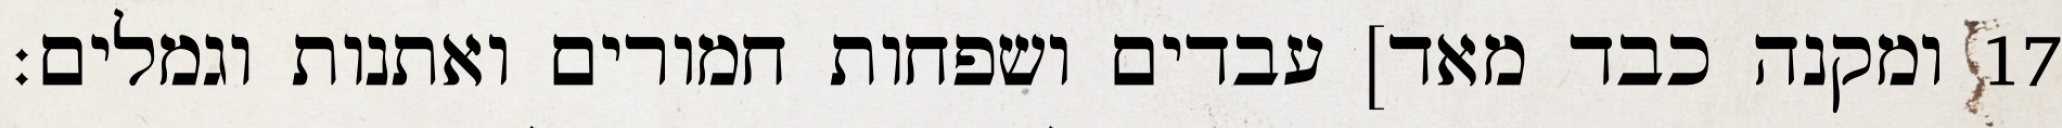
ומקנה כבד מאד] עבדים ושפחות חמורים ואתנות וגמלים׃ ‎17‏